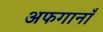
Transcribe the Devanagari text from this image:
अफगानाँं